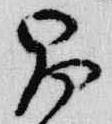
昌